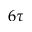
6 \tau